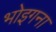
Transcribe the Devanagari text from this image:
भोइगना